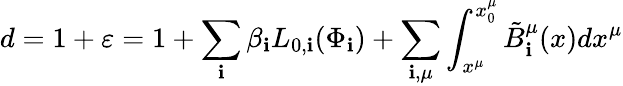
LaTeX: d=1+\varepsilon=1+\sum_{\mathbf{i}}{\beta_{\mathbf{i}}L_{0,\mathbf{i}}(\Phi_{\mathbf{i}})}+\sum_{\mathbf{i},\mu}{\int_{x^{\mu}}^{x_{0}^{\mu}}{\tilde{{B}}_{\mathbf{i}}^{\mu}(x)dx^{\mu}}}